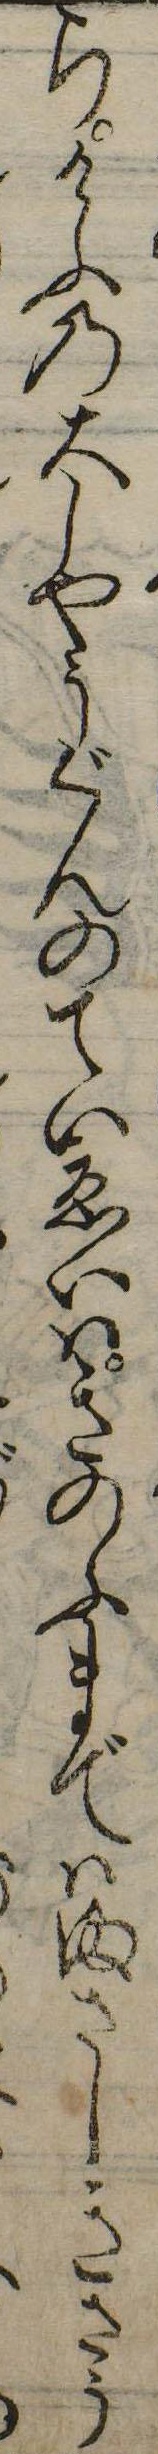
らけふの大しやうぐんのていゑいはきのふまではまさしきさう